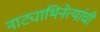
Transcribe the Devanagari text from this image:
नाट्याभिनेत्यांची